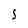
Character: S